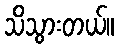
သိသွားတယ်။